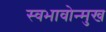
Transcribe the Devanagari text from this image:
स्वभावोन्मुख